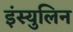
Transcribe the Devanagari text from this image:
इंस्युलिन